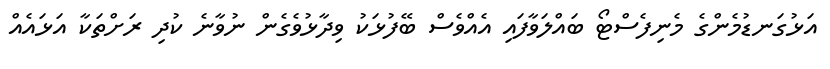
އަޅުގަނޑުމެންގެ މެނިފެސްޓޯ ބައްލަވާފައި އެއްވެސް ބޭފުޅަކު ވިދާޅުވެގެން ނުވާނެ ކުދި ރަށްތަކާ އަޅައެއް